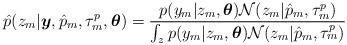
\begin{align*}\hat{p}(z_m|\boldsymbol{y},\hat{p}_m,\tau_m^p,\boldsymbol{\theta})=\frac{p(y_m|z_m,\boldsymbol{\theta})\mathcal{N}(z_m|\hat{p}_m,\tau_m^p)}{\int_zp(y_m|z_m,\boldsymbol{\theta})\mathcal{N}(z_m|\hat{p}_m,\tau_m^p)}\end{align*}